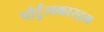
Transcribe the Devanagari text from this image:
पोर्टुलकास्द्रम